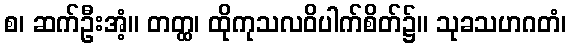
စ၊ ဆက်ဦးအံ့။ တတ္ထ၊ ထိုကုသလဝိပါက်စိတ်၌။ သုခသဟဂတံ၊